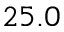
2 5 . 0